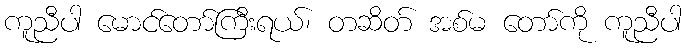
ကူညီပါ မောင်တော်ကြီးရယ်၊ တဆိတ် အစ်မ တော်ကို ကူညီပါ